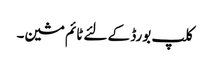
کلپ بورڈ کے لئے ٹائم مشین۔